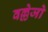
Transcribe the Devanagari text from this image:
वल्लेजो